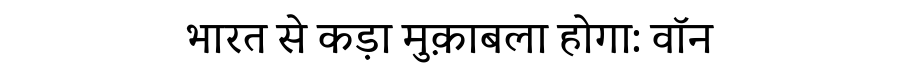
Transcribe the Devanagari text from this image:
भारत से कड़ा मुक़ाबला होगा: वॉन